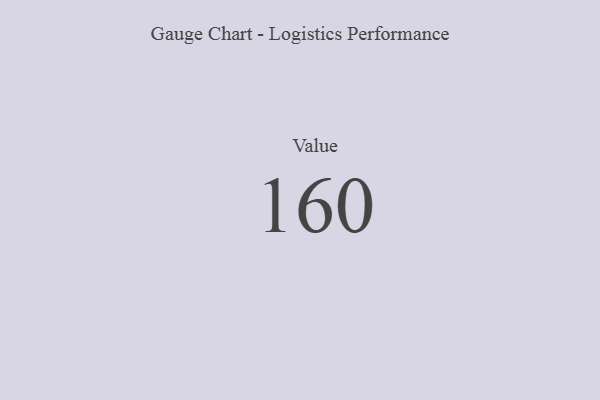
{"axis": {"x": "Metric", "y": "Value"}, "legend": [""], "data": [{"x": "Value", "y": 160, "type": ""}]}